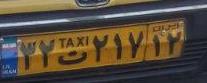
۳۲ت۲۱۷۱۲